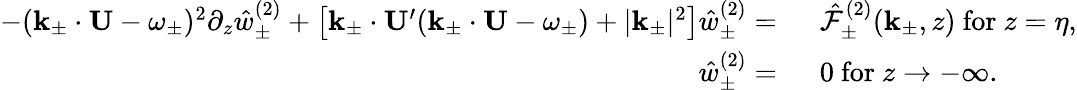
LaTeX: \begin{array}{rl}{-(\mathbf{k}_{\pm}\cdot\mathbf{U}-\omega_{\pm})^{2}\partial_{z}\hat{w}_{\pm}^{(2)}+\big[\mathbf{k}_{\pm}\cdot\mathbf{U}^{\prime}(\mathbf{k}_{\pm}\cdot\mathbf{U}-\omega_{\pm})+|\mathbf{k}_{\pm}|^{2}\big]\hat{w}_{\pm}^{(2)}=~}&{\hat{\mathcal{F}}_{\pm}^{(2)}(\mathbf{k}_{\pm},z)~\mathrm{for}~z=\eta,}\\ {\hat{w}_{\pm}^{(2)}=~}&{0~\mathrm{for}~z\to-\infty.}\end{array}